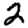
Digit: 2